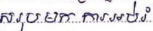
សរុបមកការអប់រំ